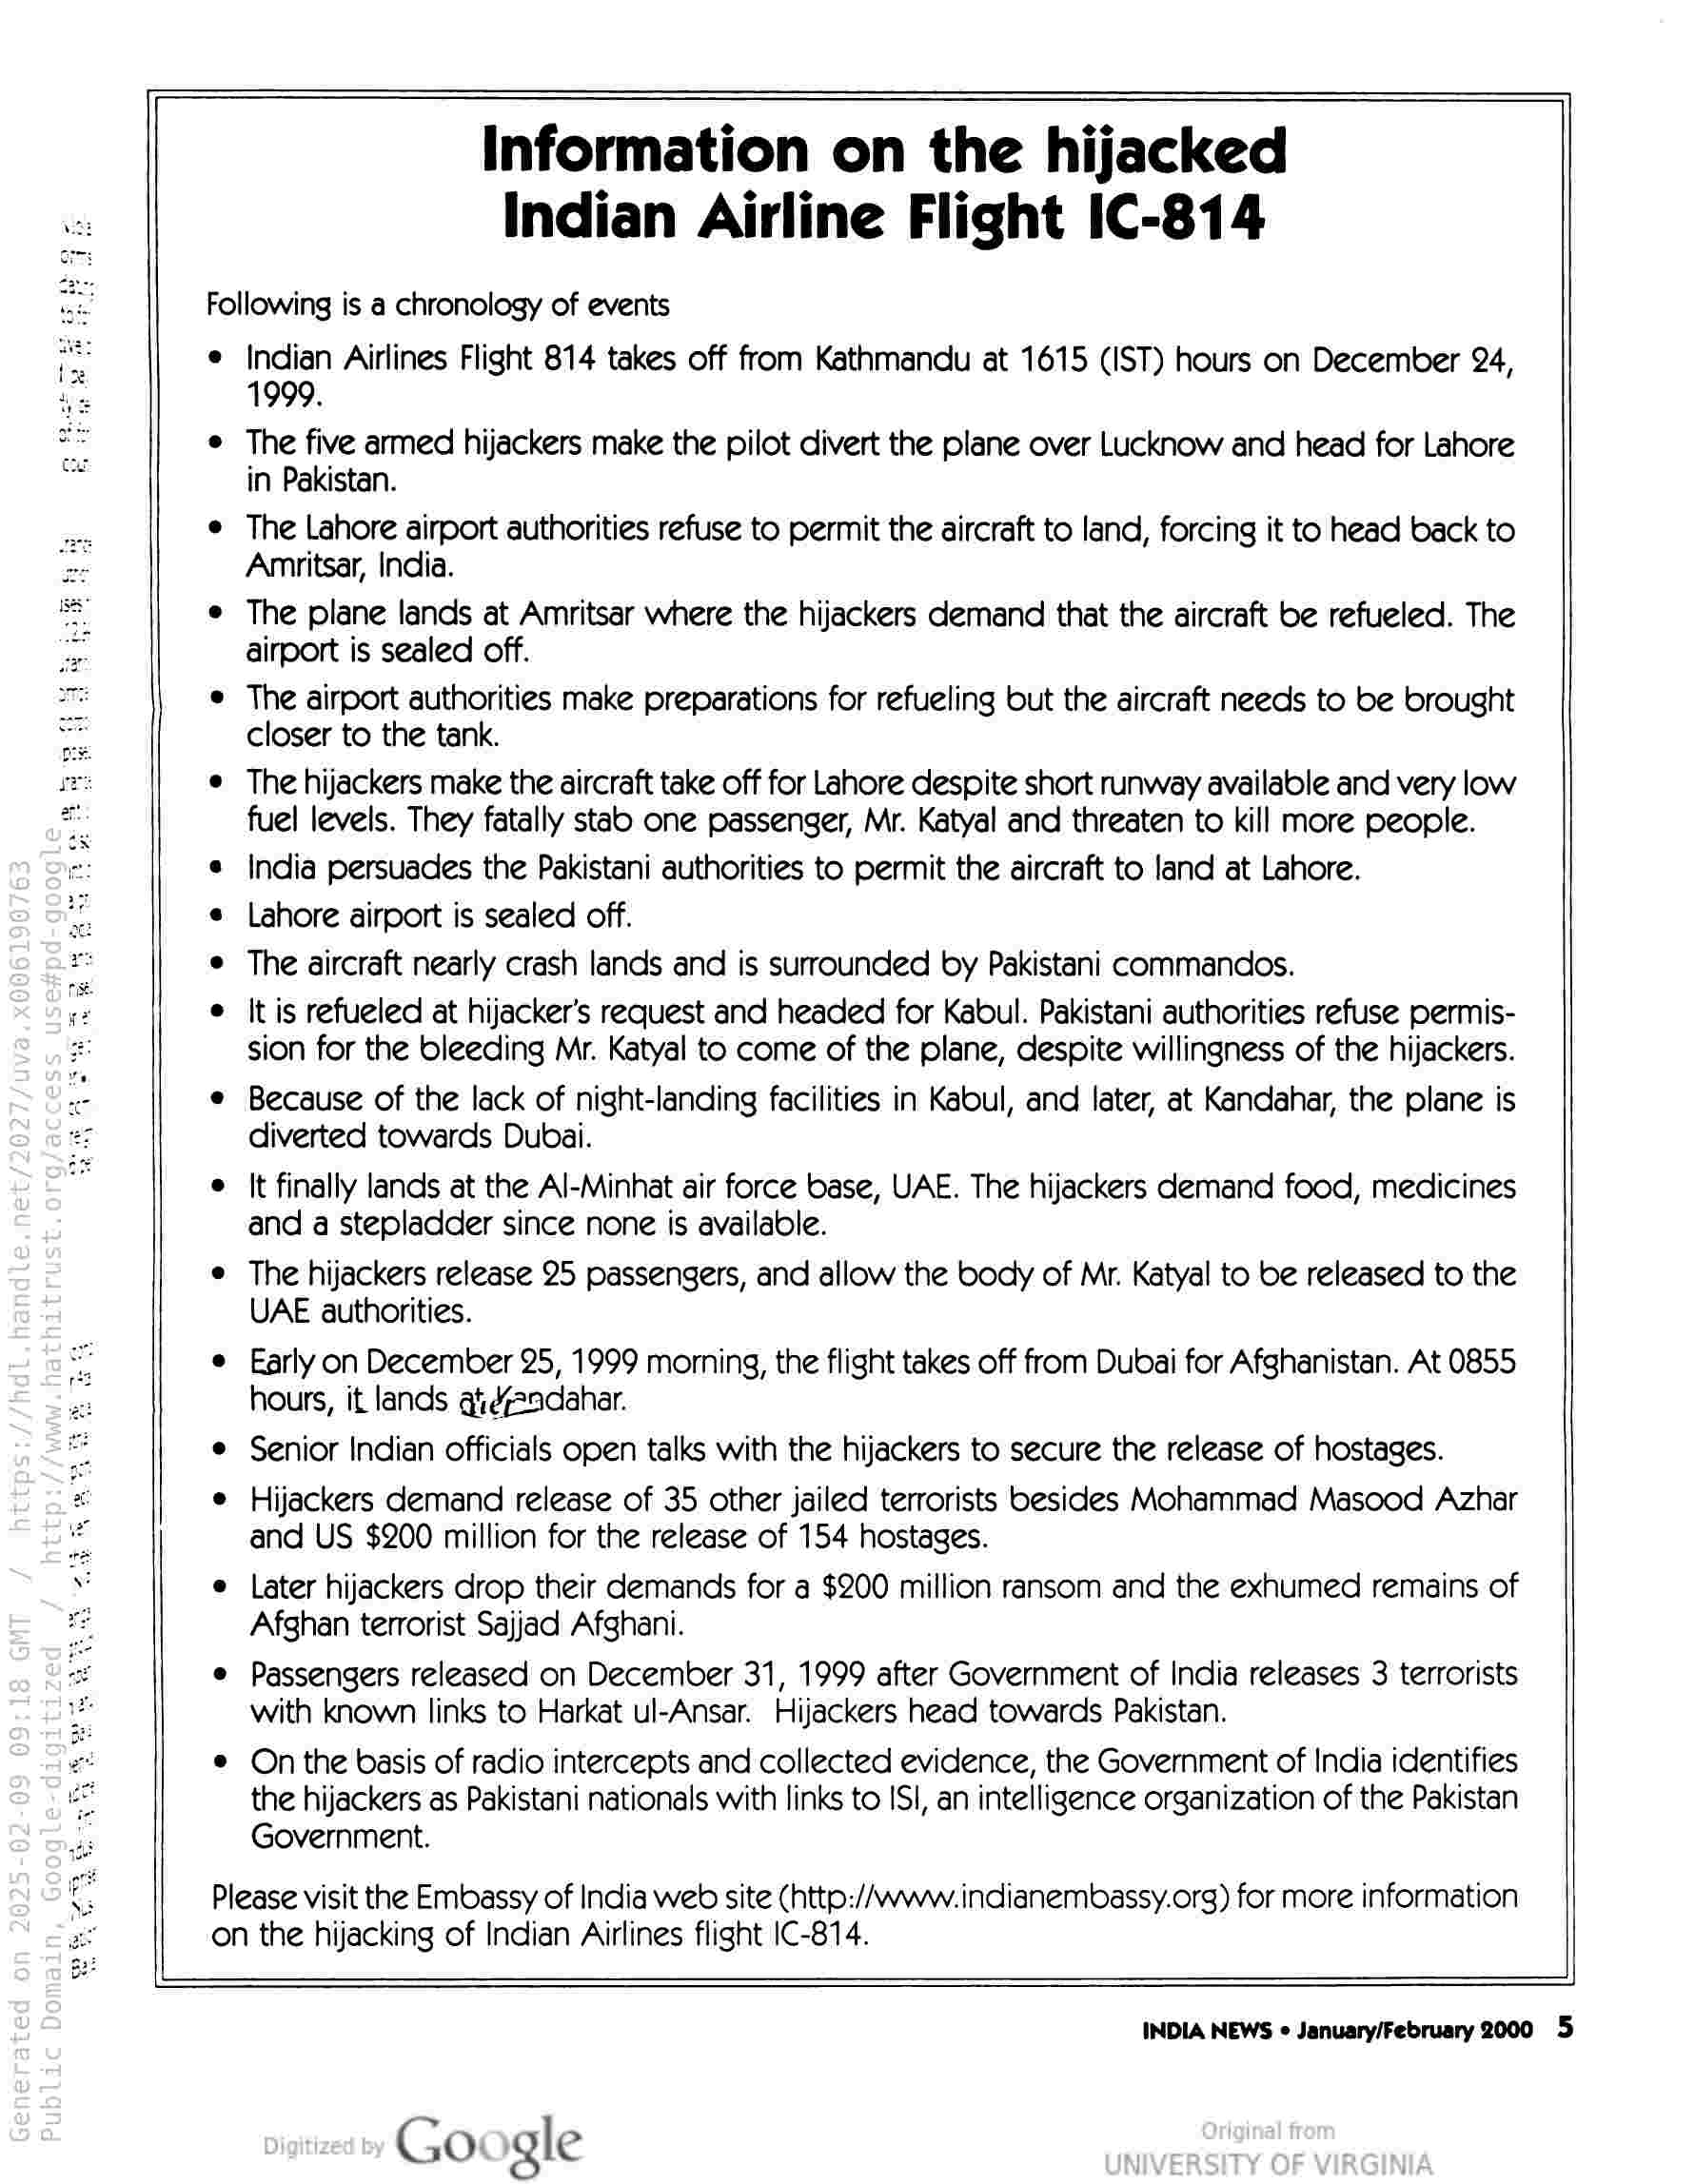
Information on the hijacked
Indian Airline Flight IC-814

Following is a chronology of events

e Indian Airlines Flight 814 takes off from Kathmandu at 1615 (IST) hours on December 24,
1999.

© The five armed hijackers make the pilot divert the plane over Lucknow and head for Lahore
in Pakistan.

aes e The Lahore airport authorities refuse to permit the aircraft to land, forcing it to head back to
Be Amritsar, India.

a e The plane lands at Amritsar where the hijackers demand that the aircraft be refueled. The
airport is sealed off.

© The airport authorities make preparations for refueling but the aircraft needs to be brought
closer to the tank.

sre © The hijackers make the aircraft take off for Lahore despite short runway available and very low
a fuel levels. They fatally stab one passenger, Mr. Katyal and threaten to kill more people.

me * India persuades the Pakistani authorities to permit the aircraft to land at Lahore.
« Lahore airport is sealed off.
© The aircraft nearly crash lands and is surrounded by Pakistani commandos.

we e It is refueled at hijacker’s request and headed for Kabul. Pakistani authorities refuse permis-
Ss sion for the bleeding Mr. Katyal to come of the plane, despite willingness of the hijackers.

os e Because of the lack of night-landing facilities in Kabul, and later, at Kandahar, the plane is
ee diverted towards Dubai.

e It finally lands at the Al-Minhat air force base, UAE. The hijackers demand food, medicines
and a stepladder since none is available.

e The hijackers release 25 passengers, and allow the body of Mr. Katyal to be released to the
UAE authorities.

© Early on December 25, 1999 morning, the flight takes off from Dubai for Afghanistan. At 0855
wet hours, it lands ateaadahar.

¢ Senior Indian officials open talks with the hijackers to secure the release of hostages.

Ape

* e Hijackers demand release of 35 other jailed terrorists besides Mohammad Masood Azhar
a and US $200 million for the release of 154 hostages.

a e Later hijackers drop their demands for a $200 million ransom and the exhumed remains of
re Afghan terrorist Sajjad Afghani.

© Passengers released on December 31, 1999 after Government of India releases 3 terrorists
with known links to Harkat ul-Ansar. Hijackers head towards Pakistan.

e © On the basis of radio intercepts and collected evidence, the Government of India identifies
the hijackers as Pakistani nationals with links to ISI, an intelligence organization of the Pakistan
Government.

Please visit the Embassy of India web site (http://www. indianembassy.org) for more information
on the hijacking of Indian Airlines flight IC-814.

We ws Awe

INDIA NEWS ° January/February 2000 5

Google